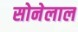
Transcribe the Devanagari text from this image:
सोनेलाल